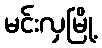
မင်းလှမြို့